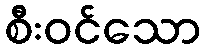
စီးဝင်သော